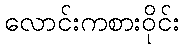
လောင်းကစားဝိုင်း